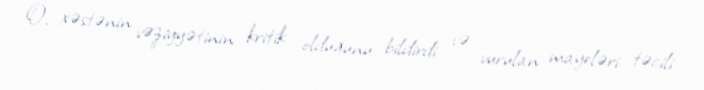
O, xəstənin vəziyyətinin kritik olduğunu bildirdi və vurulan mayeləri təcili